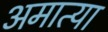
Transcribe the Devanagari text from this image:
अमात्या